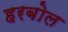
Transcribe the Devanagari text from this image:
हरबोल